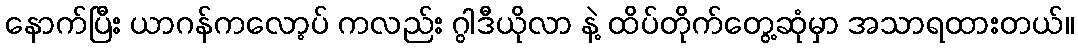
နောက်ပြီး ယာဂန်ကလော့ပ် ကလည်း ဂွါဒီယိုလာ နဲ့ ထိပ်တိုက်တွေ့ဆုံမှာ အသာရထားတယ်။